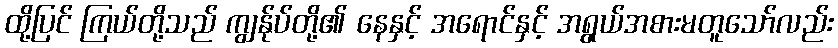
ထို့ပြင် ကြယ်တို့သည် ကျွန်ုပ်တို့၏ နေနှင့် အရောင်နှင့် အရွယ်အစားမတူသော်လည်း